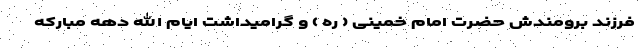
فرزند برومندش حضرت امام خمینی ( ره ) و گرامیداشت ایام الله دهه مبارکه